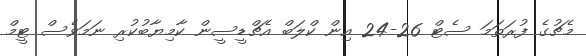
މެޗުގެ ފުރަތަމަ ސެޓް 26-24 އިން ކްލަބް އެޗްޑީސީން ކާމިޔާބުކުރި ނަމަވެސް ޓީމް